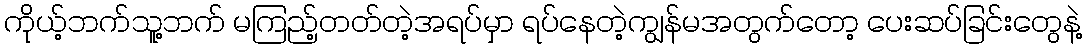
ကိုယ့်ဘက်သူ့ဘက် မကြည့်တတ်တဲ့အရပ်မှာ ရပ်နေတဲ့ကျွန်မအတွက်တော့ ပေးဆပ်ခြင်းတွေနဲ့